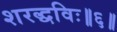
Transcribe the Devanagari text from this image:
शरद्धविः॥६॥